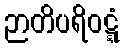
ဉာတိပရိဝဋ္ဋံ